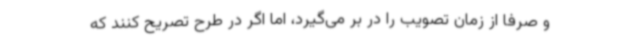
و صرفا از زمان تصویب را در بر می‌گیرد، اما اگر در طرح تصریح کنند که